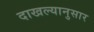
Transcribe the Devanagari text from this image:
दाखल्यानुसार